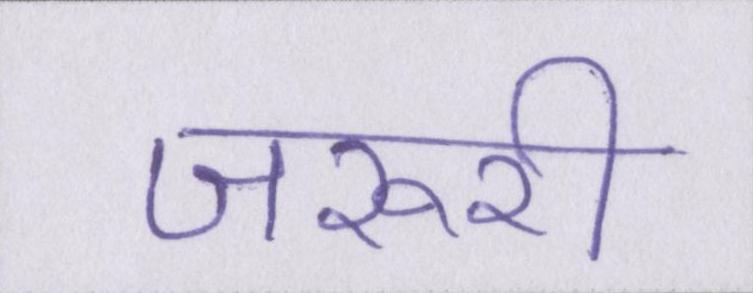
जरूरी